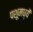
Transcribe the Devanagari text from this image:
पशूमध्यें